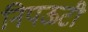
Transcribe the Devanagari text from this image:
निपऊटी